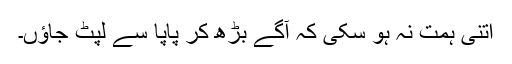
اتنی ہمت نہ ہو سکی کہ آگے بڑھ کر پاپا سے لپٹ جاؤں۔